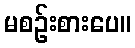
မစဉ်းစားပေ။